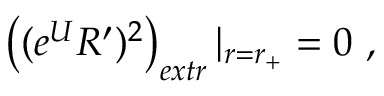
\left( ( e ^ { U } R ^ { \prime } ) ^ { 2 } \right) _ { e x t r } | _ { r = r _ { + } } = 0 \ ,